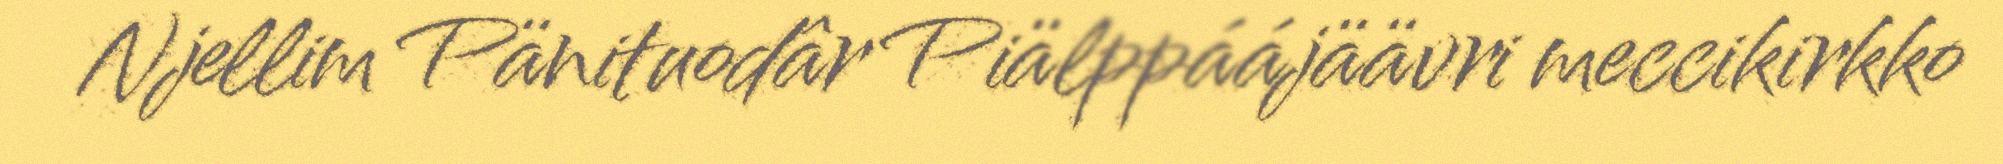
Njellim Pänituodâr Piälppáájäävri meccikirkko